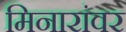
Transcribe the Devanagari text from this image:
मिनारांवर